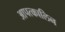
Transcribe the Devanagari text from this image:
आपत्कालिन